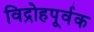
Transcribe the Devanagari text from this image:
विद्रोहपूर्वक